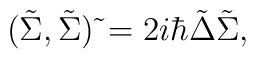
(\tilde\Sigma,\tilde\Sigma)\,\tilde{}=2i\hbar\tilde\Delta \tilde\Sigma,